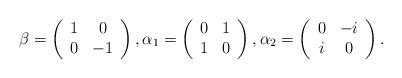
LaTeX: \begin{align*}\beta=\left(\begin{array}{cc} 1& 0\\ 0 & -1\end{array}\right), \alpha_1=\left(\begin{array}{cc} 0 & 1\\ 1 & 0\end{array}\right), \alpha_2=\left(\begin{array}{cc} 0 & -i\\ i & 0\end{array}\right).\end{align*}